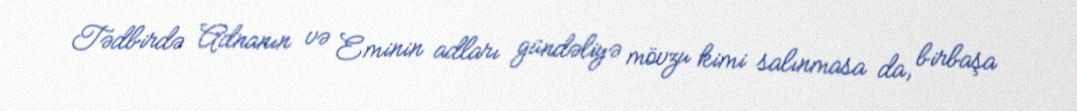
Tədbirdə Adnanın və Eminin adları gündəliyə mövzu kimi salınmasa da, birbaşa